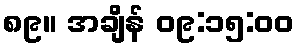
၈၉။ အချိန် ၀၉:၁၅:၀၀